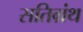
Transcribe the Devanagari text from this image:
सतिग्रंथ